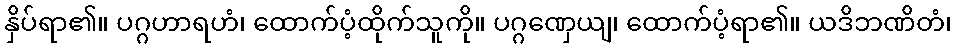
နှိပ်ရာ၏။ ပဂ္ဂဟာရဟံ၊ ထောက်ပံ့ထိုက်သူကို။ ပဂ္ဂဏှေယျ၊ ထောက်ပံ့ရာ၏။ ယဒိဘဏိတံ၊